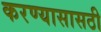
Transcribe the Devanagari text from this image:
करण्यासासठी